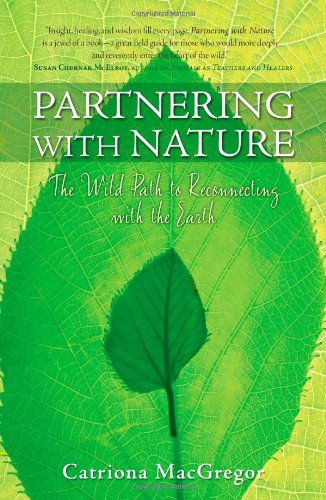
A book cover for Partnering with Nature: The Wild Path to Reconnecting with the Earth; Catriona MacGregor; Religion & Spirituality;